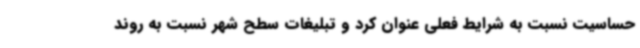
حساسیت نسبت به شرایط فعلی عنوان کرد و تبلیغات سطح شهر نسبت به روند